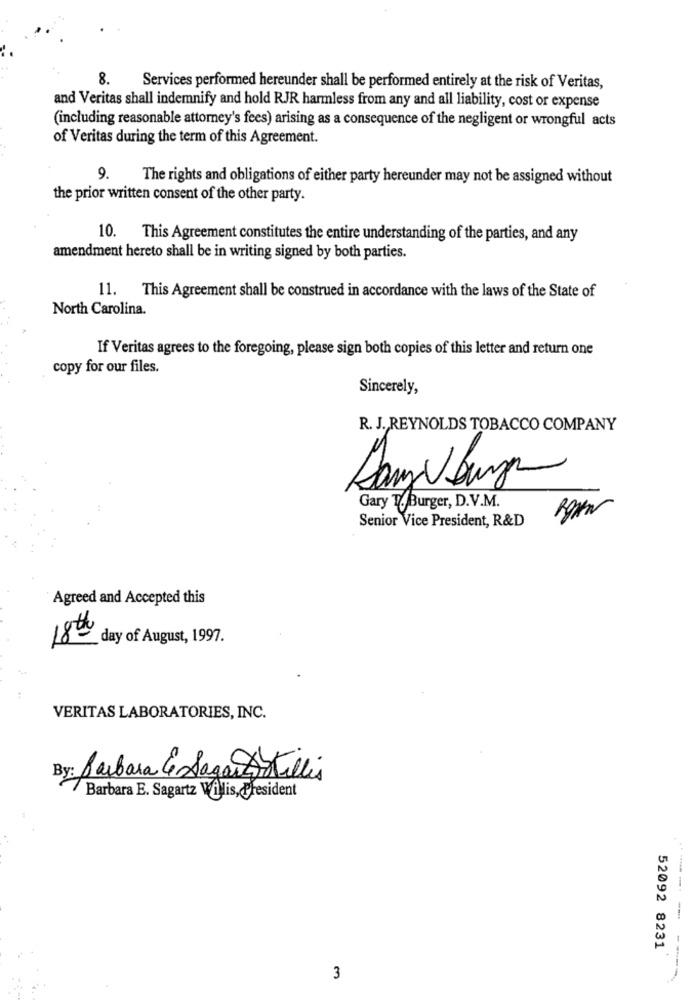
8.
Services performed hereunder shall be performed entirely at the risk of Veritas,
and Veritas shall indemnify and hold RJR harmless from any and all liability, cost or expense
(including reasonable attorney's fees) arising as a consequence of the negligent or wrongful acts
of Veritas during the term of this Agreement.
9.
The rights and obligations of either party hereunder may not be assigned without
the prior written consent of the other party.
10. This Agreement constitutes the entire understanding of the parties, and any
amendment hereto shall be in writing signed by both parties.
11. This Agreement shall be construed in accordance with the laws of the State of
North Carolina.
If Veritas agrees to the foregoing, please sign both copies of this letter and return one
copy for our files.
Sincerely,
R. J. REYNOLDS TOBACCO COMPANY
Gary T. Burger, D.V.M.
Senior Vice President, R&D
Agreed and Accepted this
day of August, 1997.
VERITAS LABORATORIES, INC.
Barbara & Saga Artillis
Barbara E. Sagartz Willis, @resident
-------
52092 8231
----
3